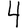
Digit: 4